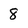
Character: 8